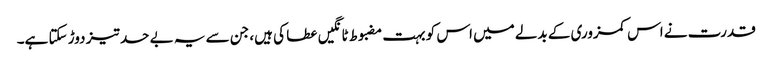
قدرت نے اس کمزوری کے بدلے میں اس کو بہت مضبوط ٹانگیں عطا کی ہیں، جن سے یہ بے حد تیز دوڑ سکتا ہے۔